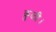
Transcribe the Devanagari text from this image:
कुळी।